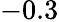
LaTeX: -0.3